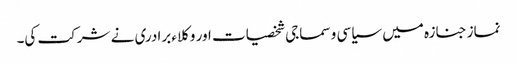
نماز جنازہ میں سیاسی و سماجی شخصیات اور وکلاء برادری نے شرکت کی۔